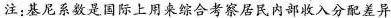
注：基尼系数是国际上用来综合考察居民内部收入分配差异